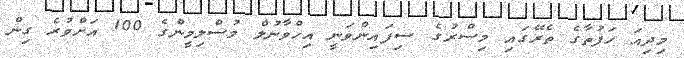
މިދިއަ ހަފުތާގެ ތެރޭގައި މިސްރުގެ ސިފައިންވަނީ އިހްވާނުލް މުސްލިމީންގެ 100 އަށްވުރެ ގިން